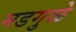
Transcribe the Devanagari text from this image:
मडगुळे